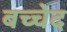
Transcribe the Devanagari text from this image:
बच्चेद